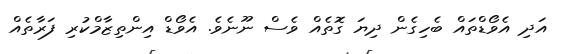
އަދި އެވޯޑްތައް ބެހިގެން ދިޔަ ގޮތެއް ވެސް ނޫނެވެ. އެވޯޑް އިންތިޒާމްކުރި ފަރާތެއް